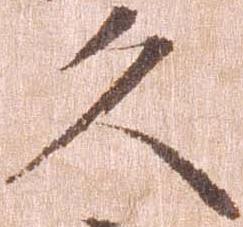
久